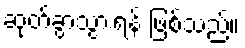
ဆုတ်ခွာသွားရန် ဖြစ်သည်။